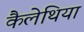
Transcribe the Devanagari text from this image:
कैलेथिया